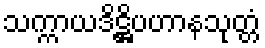
သက္ကာယဒိဋ္ဌိပဟာနသုတ္တံ